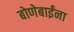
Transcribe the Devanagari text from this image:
बोणेबाईंना